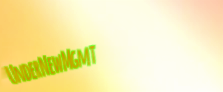
UnderNewMgmt